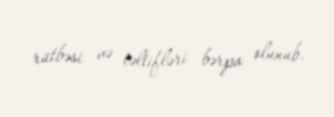
rütbəsi və təltifləri bərpa olunub.